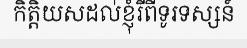
កិត្តិយសដល់ខ្ញុំរីពីទូរទស្សន៍